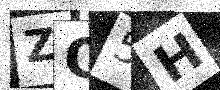
Text: ZO5H